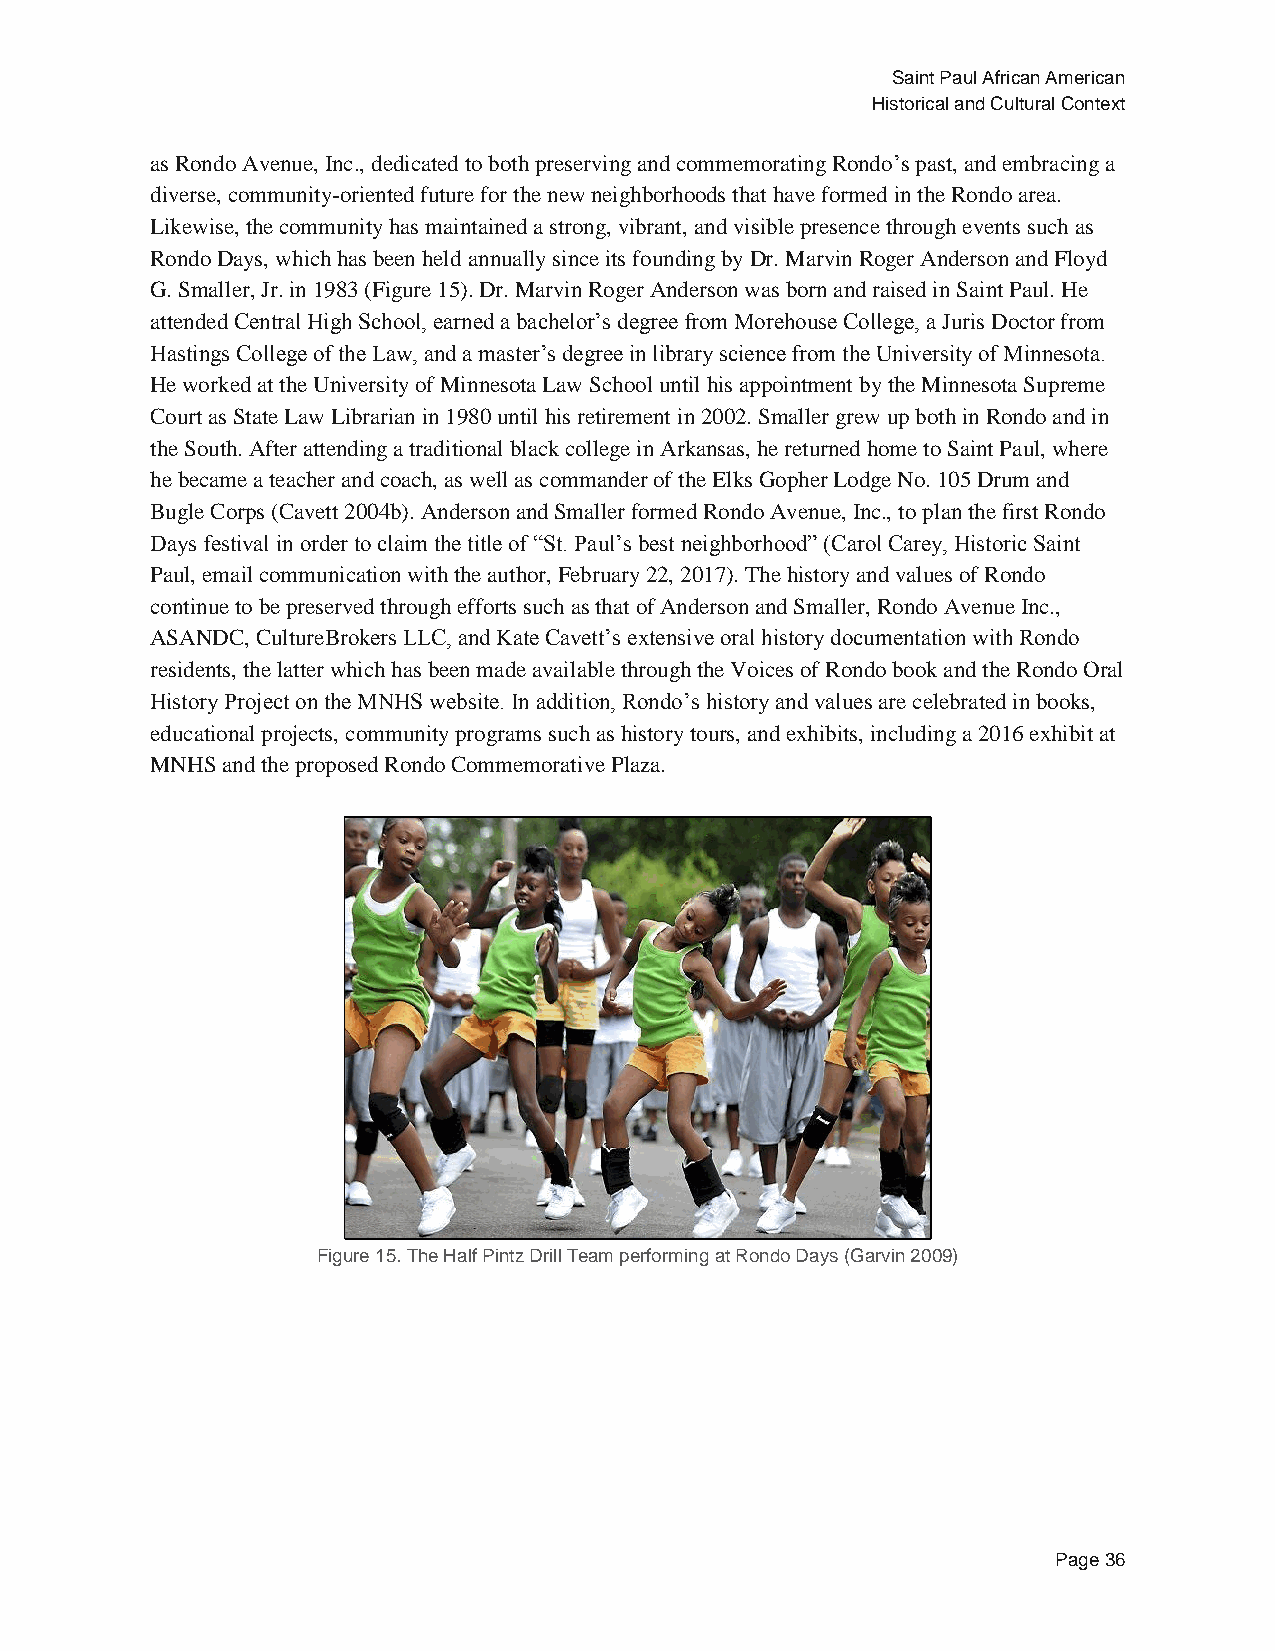
Saint Paul African American
 Historical and Cultural Context
 as Rondo Avenue, Inc., dedicated to both preserving and commemorating Rondo’s past, and embracing a
 diverse, community-oriented future for the new neighborhoods that have formed in the Rondo area.
 Likewise, the community has maintained a strong, vibrant, and visible presence through events such as
 Rondo Days, which has been held annually since its founding by Dr. Marvin Roger Anderson and Floyd
 G. Smaller, Jr. in 1983 (Figure 15). Dr. Marvin Roger Anderson was born and raised in Saint Paul. He
 attended Central High School, earned a bachelor’s degree from Morehouse College, a Juris Doctor from
 Hastings College of the Law, and a master’s degree in library science from the University of Minnesota.
 He worked at the University of Minnesota Law School until his appointment by the Minnesota Supreme
 Court as State Law Librarian in 1980 until his retirement in 2002. Smaller grew up both in Rondo and in
 the South. After attending a traditional black college in Arkansas, he returned home to Saint Paul, where
 he became a teacher and coach, as well as commander of the Elks Gopher Lodge No. 105 Drum and
 Bugle Corps (Cavett 2004b). Anderson and Smaller formed Rondo Avenue, Inc., to plan the first Rondo
 Days festival in order to claim the title of “St. Paul’s best neighborhood” (Carol Carey, Historic Saint
 Paul, email communication with the author, February 22, 2017). The history and values of Rondo
 continue to be preserved through efforts such as that of Anderson and Smaller, Rondo Avenue Inc.,
 ASANDC, CultureBrokers LLC, and Kate Cavett’s extensive oral history documentation with Rondo
 residents, the latter which has been made available through the Voices of Rondo book and the Rondo Oral
 History Project on the MNHS website. In addition, Rondo’s history and values are celebrated in books,
 educational projects, community programs such as history tours, and exhibits, including a 2016 exhibit at
 MNHS and the proposed Rondo Commemorative Plaza.
 Figure 15. The Half Pintz Drill Team performing at Rondo Days (Garvin 2009)
 Page 36